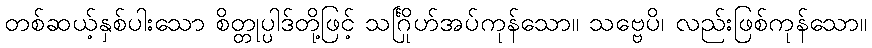
တစ်ဆယ့်နှစ်ပါးသော စိတ္တုပ္ပါဒ်တို့ဖြင့် သင်္ဂြိုဟ်အပ်ကုန်သော။ သဗ္ဗေပိ၊ လည်းဖြစ်ကုန်သော။